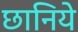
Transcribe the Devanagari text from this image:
छानिये